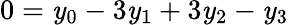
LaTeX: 0=\mathit{y}_{0}-3\mathit{y}_{1}+3\mathit{y}_{2}-\mathit{y}_{3}